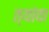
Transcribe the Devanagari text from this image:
त्यांवा